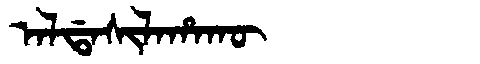
Manchu: ᠠᠯᡩᠠᠰᡳᠯᠠᡥᠠᡴᡡ
Romanization: ALDASILAHAKŪ